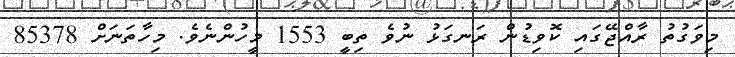
މިވަގުތު ރާއްޖޭގައި ކޮވިޑުން ރަނގަޅު ނުވެ ތިބީ 1553 މީހުންނެވެ. މިހާތަނަށް 85378